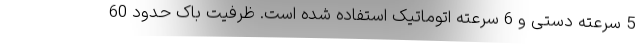
5 سرعته دستی و 6 سرعته اتوماتیک استفاده شده است. ظرفیت باک حدود 60